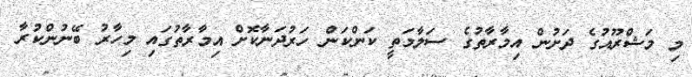
މި މަޝްރޫއުގެ ދަށުން އިމާރާތުގެ ސަލާމަތީ ކަންކަން ހަރުދަނާކޮށް އިމާރާތުގައި މިހާރު ބޭނުންކުރާ